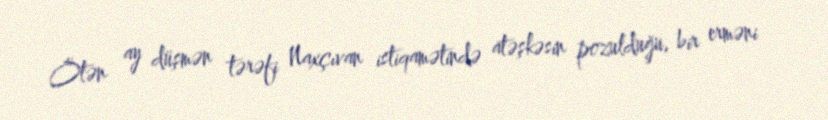
Ötən ay düşmən tərəfi Naxçıvan istiqamətində atəşkəsin pozulduğu, bir erməni